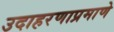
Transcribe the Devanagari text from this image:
उदाहरणाप्रमाणे